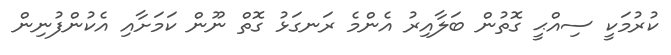
ކުރުމަކީ ސިއްޙީ ގޮތުން ބަލާއިރު އެންމެ ރަނގަޅު ގޮތް ނޫން ކަމަށާއި އެކުންފުނިން